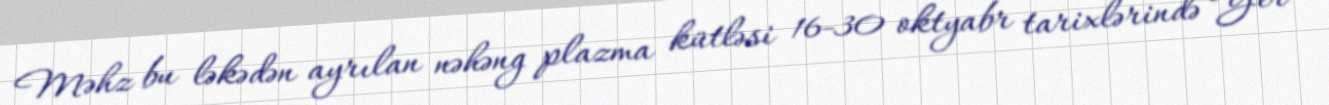
Məhz bu ləkədən ayrılan nəhəng plazma kütləsi 16-30 oktyabr tarixlərində Yer